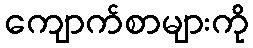
ကျောက်စာများကို